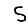
Digit: 5